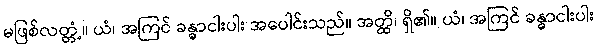
မဖြစ်လတ္တံ့။ ယံ၊ အကြင် ခန္ဓာငါးပါး အပေါင်းသည်။ အတ္ထိ၊ ရှိ၏။ ယံ၊ အကြင် ခန္ဓာငါးပါး